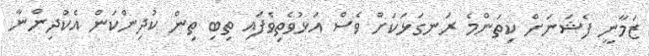
ޒަމާނީ ފެޝަނަށް ކިތަންމެ ރަނގަޅަކަށް ވެސް އަޅުވެތިވެފައި ތިބި ތިން ކުދިންކަން އެކުދިންނާ